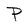
Character: P